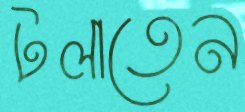
টলাতেন